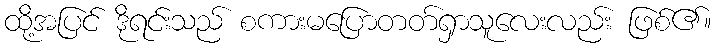
ထို့အပြင် ဒိုရင်းသည် စကားမပြောတတ်ရှာသူလေးလည်း ဖြစ်၏။